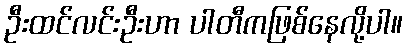
ဦးထင်လင်းဦးဟာ ပါတီကဖြစ်နေလို့ပါ။